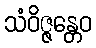
သံဝိဇ္ဇန္တေဝ